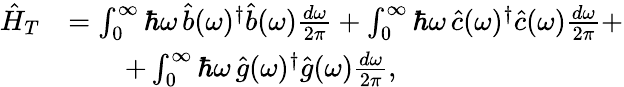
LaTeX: \begin{array}{rl}{\hat{H}_{T}}&{=\int_{0}^{\infty}\hbar\omega\, \hat{b}(\omega)^{\dagger}\hat{b}(\omega)\frac{d\omega}{2\pi}+\int_{0}^{\infty}\hbar\omega\, \hat{c}(\omega)^{\dagger}\hat{c}(\omega)\frac{d\omega}{2\pi}+}\\ &{\qquad+\int_{0}^{\infty}\hbar\omega\, \hat{g}(\omega)^{\dagger}\hat{g}(\omega)\frac{d\omega}{2\pi},}\end{array}